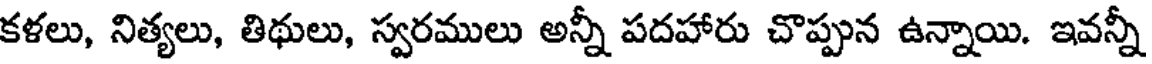
కళలు, నిత్యలు, తిథులు, స్వరములు అన్నీ పదహారు చొప్పున ఉన్నాయి. ఇవన్నీ